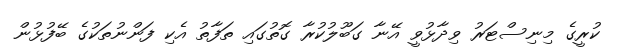
ކުރީގެ މިނިސްޓަރު ވިދާޅުވީ އޭނާ ގަބޫލުކުރާ ގޮތުގައި ތަފާތު އެކި ފަންނުތަކުގެ ބޭފުޅުން